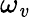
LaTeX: \omega_{\mathit{v}}